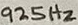
Text: 925Hz